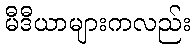
မီဒီယာများကလည်း